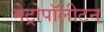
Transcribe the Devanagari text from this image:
मेट्रोपॉलीटन